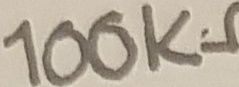
Text: 100KΩ